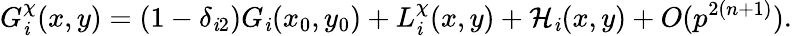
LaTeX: G_{\mathit{i}}^{\chi}(x,y)=(1-\delta_{\mathit{i}2})G_{\mathit{i}}(x_{0},y_{0})+L_{\mathit{i}}^{\chi}(x,y)+\mathcal{H}_{\mathit{i}}(x,y)+O(p^{2(n+1)}).